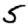
Digit: 5